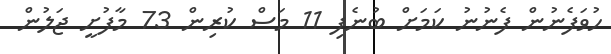
ހުވަފެނުން ފެނުނު ކަމަށް ބުނެފި 11 މަސް ކުރިން 73 މާފުށީ ޖަލުން